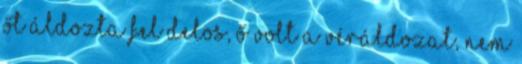
Őt áldozta fel DELOS, Ő volt a véráldozat, nem